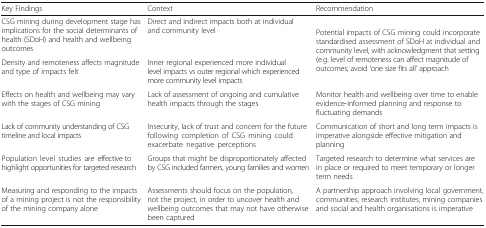
| Key Findings | Context | Recommendation |
 | --- | --- | --- |
 | CSG mining during development stage has implications for the social determinants of health (SDoH) and health and wellbeing outcomes | Direct and indirect impacts both at individual and community level | <ROWSPAN=2> Potential impacts of CSG mining could incorporate standardised assessment of SDoH at individual and community level, with acknowledgment that setting (e.g. level of remoteness can affect magnitude of outcomes; avoid ‘one size fits all’ approach |
 | Density and remoteness affects magnitude and type of impacts felt | Inner regional experienced more individual level impacts vs outer regional which experienced more community level impacts |
 | Effects on health and wellbeing may vary with the stages of CSG mining | Lack of assessment of ongoing and cumulative health impacts through the stages | Monitor health and wellbeing over time to enable evidence-informed planning and response to fluctuating demands |
 | Lack of community understanding of CSG timeline and local impacts | Insecurity, lack of trust and concern for the future following completion of CSG mining could exacerbate negative perceptions | Communication of short and long term impacts is imperative alongside effective mitigation and planning |
 | Population level studies are effective to highlight opportunities for targeted research | Groups that might be disproportionately affected by CSG included farmers, young families and women | Targeted research to determine what services are in place or required to meet temporary or longer term needs |
 | Measuring and responding to the impacts of a mining project is not the responsibility of the mining company alone | Assessments should focus on the population, not the project, in order to uncover health and wellbeing outcomes that may not have otherwise been captured | A partnership approach involving local government, communities, research institutes, mining companies and social and health organisations is imperative |